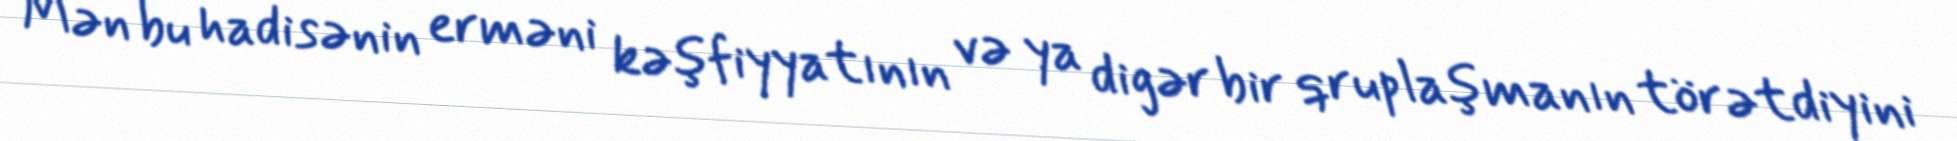
Mən bu hadisənin erməni kəşfiyyatının və ya digər bir qruplaşmanın törətdiyini